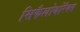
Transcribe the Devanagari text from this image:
सिफैलोथोरैक्स